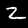
Label: 2